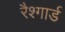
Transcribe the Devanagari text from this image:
रैश्गार्ड